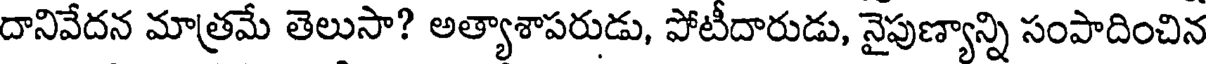
దానివేదన మాత్రమే తెలుసా? అత్యాశాపరుడు, పోటీదారుడు, నైపుణ్యాన్ని సంపాదించిన